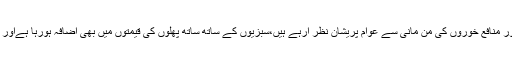
رمضان کی آمد سے قبل ہی ذخیرہ اندوزوں اور منافع خوروں کی من مانی سے عوام پریشان نظر آرہے ہیں،سبزیوں کے ساتھ ساتھ پھلوں کی قیمتوں میں بھی اضافہ ہورہا ہےاور کھجور کی قیمتوں میں بھی اضافہ کردیا گیا۔